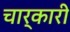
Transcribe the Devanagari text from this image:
चार्कारी